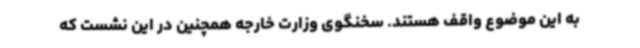
به این موضوع واقف هستند. سخنگوی وزارت خارجه همچنین در این نشست که